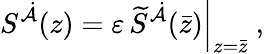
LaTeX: S^{\dot{\cal A}}(z)=\varepsilon\, \left.\widetilde S^{\dot{\cal A}}(\bar{z})\right|_{z=\bar{z}}~,